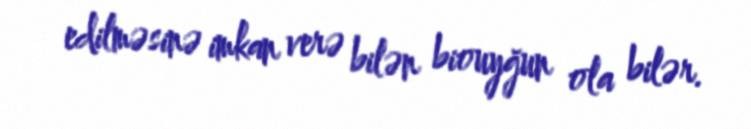
edilməsinə imkan verə bilən biouyğun ola bilər.